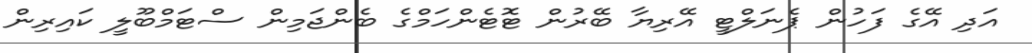
އަދި އޭގެ ފަހުން ޕެނަލްޓީ އޭރިޔާ ބޭރުން ޓޮޓެންހަމްގެ ބެންޖަމިން ސްޓަމްބޫލީ ކައިރިން